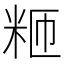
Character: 𫂸